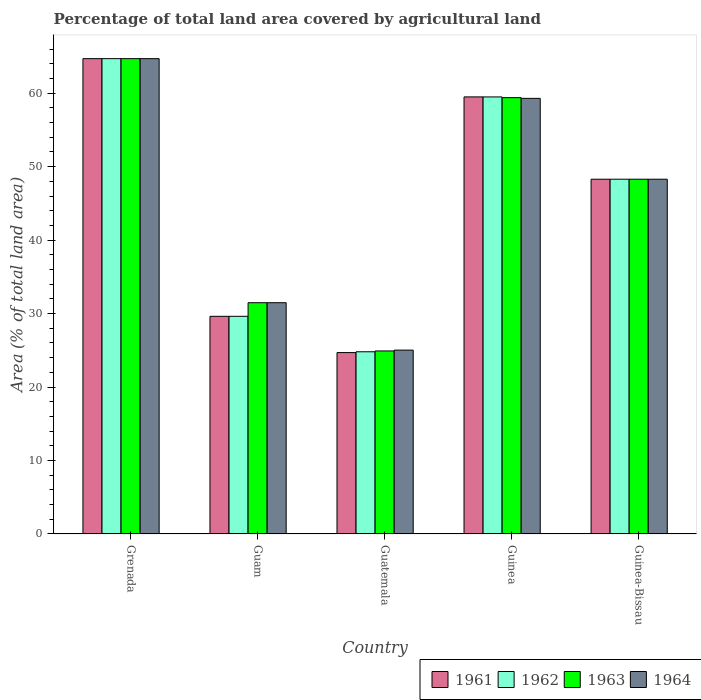
| Country | 1961 | 1962 | 1963 | 1964 |
 | --- | --- | --- | --- | --- |
 | Grenada | 64.7 | 64.7 | 64.7 | 64.7 |
 | Guam | 29.6 | 29.6 | 31.5 | 31.5 |
 | Guatemala | 24.7 | 24.8 | 24.9 | 25 |
 | Guinea | 59.5 | 59.5 | 59.4 | 59.3 |
 | Guinea-Bissau | 48.3 | 48.3 | 48.3 | 48.3 |